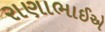
રાણાભાઈએ